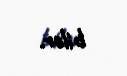
bilər.